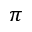
\pi